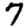
Digit: 7